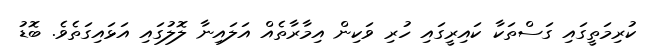
ކުރިމަތީގައި ގަސްތަކާ ކައިރީގައި ހުރި ވަކިން އިމާރާތެއް އަލައިނާ ލޮލުގައި އަޅައިގަތެވެ. ބޮޑު